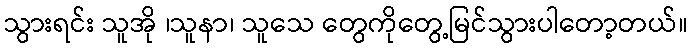
သွားရင်း သူအို ၊သူနာ၊ သူသေ တွေကိုတွေ့မြင်သွားပါတော့တယ်။